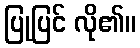
ပြုပြင် လို၏။